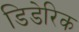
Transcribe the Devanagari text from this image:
डिडेरिक